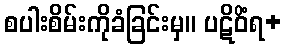
စပါးစိမ်းကိုခံခြင်းမှ။ ပဋိဝိံရ+